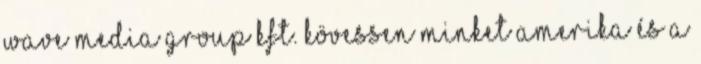
Wave Media Group Kft. Kövessen minket Amerika és a